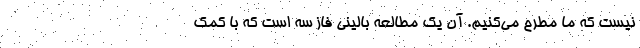
نیست که ما مطرح می‌‌کنیم. آن یک مطالعه بالینی فاز سه است که با کمک